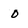
Character: 0